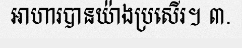
អាហារបានយ៉ាងប្រសើរ។ ៣.